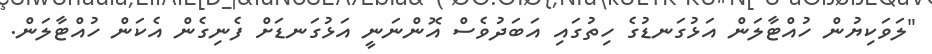
"ލަވަކިޔުން ހުއްޓާލަން އަޅުގަނޑުގެ ހިތުގައި އަބަދުވެސް އޮންނަނީ އަޅުގަނޑަށް ފެނިގެން އެކަން ހުއްޓާލަން.